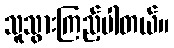
သူသွားကြည့်ပါတယ်။